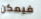
فيمكن